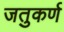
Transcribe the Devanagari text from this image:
जतुकर्ण